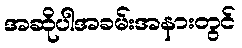
အဆိုပါအခမ်းအနားတွင်